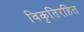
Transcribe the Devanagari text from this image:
विकृतिरहित